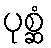
ပုစ္ဆံ